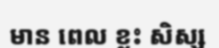
មាន ពេល ខ្លះ សិស្ស